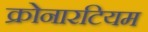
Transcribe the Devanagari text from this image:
क्रोनारटियम